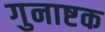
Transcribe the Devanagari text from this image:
गुनाष्टक